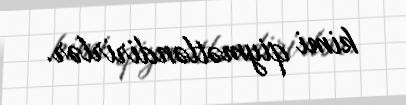
kimi qiymətləndirirlər.